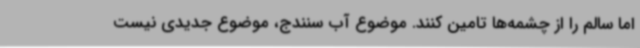
اما سالم را از چشمه‌ها تامین کنند. موضوع آب سنندج، موضوع جدیدی نیست